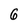
Character: 6